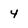
Character: 4